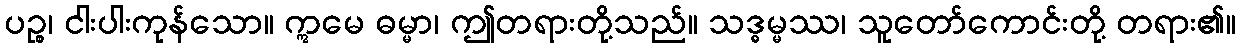
ပဉ္စ၊ ငါးပါးကုန်သော။ ဣမေ ဓမ္မာ၊ ဤတရားတို့သည်။ သဒ္ဓမ္မဿ၊ သူတော်ကောင်းတို့ တရား၏။